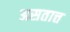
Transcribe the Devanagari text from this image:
असतात्त